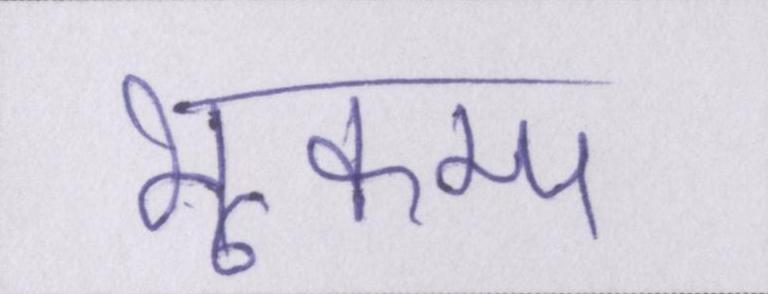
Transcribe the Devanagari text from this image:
भूकम्प